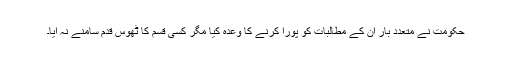
حکومت نے متعدد بار ان کے مطالبات کو پورا کرنے کا وعدہ کیا مگر کسی قسم کا ٹھوس قدم سامنے نہ آیا۔